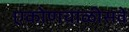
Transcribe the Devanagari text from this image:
एकोणचाळीसवे